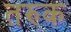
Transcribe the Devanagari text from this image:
तरुक